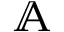
\mathbb { A }